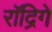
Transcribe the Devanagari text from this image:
रॉद्रिगे